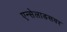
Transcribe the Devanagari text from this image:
एन्सेलाडसवर